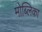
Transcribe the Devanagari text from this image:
मोब्लिका